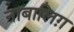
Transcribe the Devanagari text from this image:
नाबालिग़